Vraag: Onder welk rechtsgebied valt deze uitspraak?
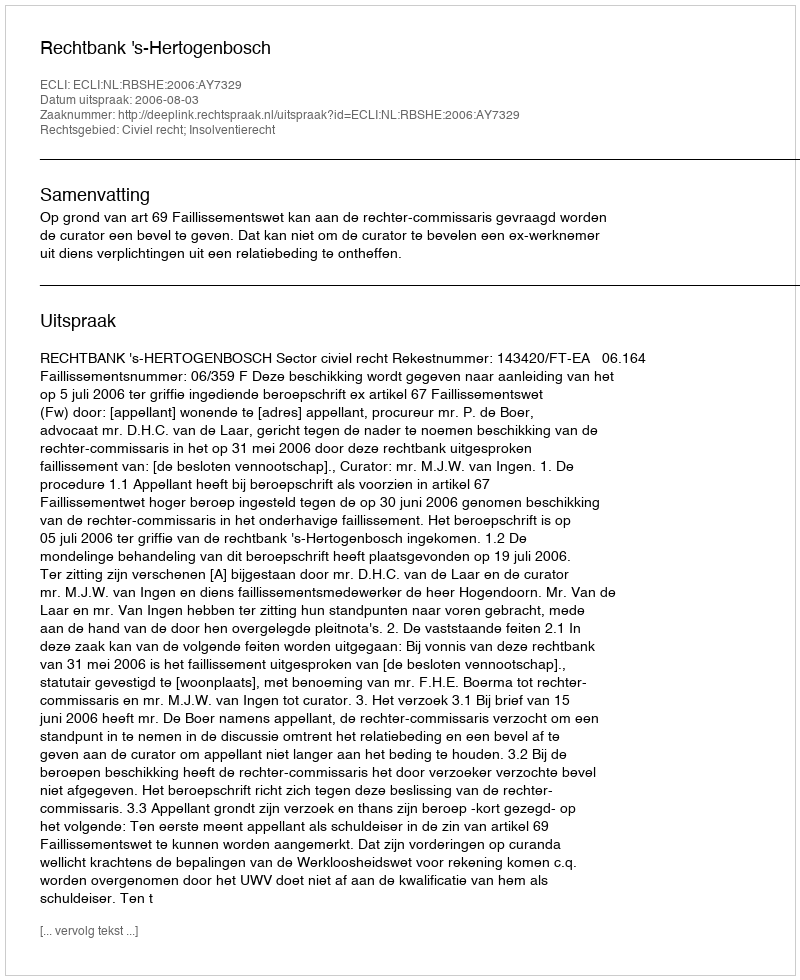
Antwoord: Civiel recht; Insolventierecht